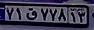
۷۱ق۷۷۸۱۳